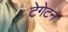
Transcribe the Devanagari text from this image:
टेगेटन